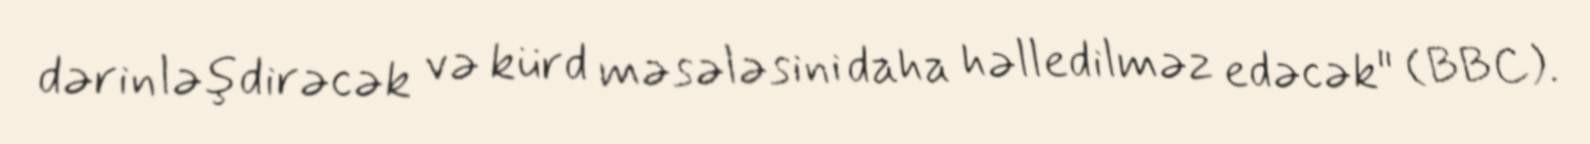
dərinləşdirəcək və kürd məsələsini daha həlledilməz edəcək" (BBC).